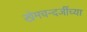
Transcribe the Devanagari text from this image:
खेमचन्दजींच्या